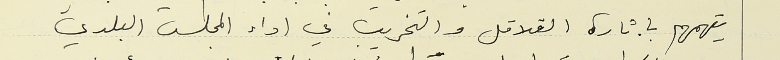
يتهمهم باثارة القلاقل والتخريب في اداء المجلس البلدي